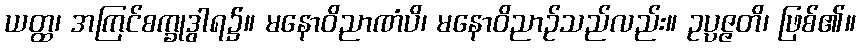
ယတ္ထ၊ အကြင်စက္ခုဒွါရ၌။ မနောဝိညာဏံပိ၊ မနောဝိညာဉ်သည်လည်း။ ဥပ္ပဇ္ဇတိ၊ ဖြစ်၏။